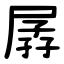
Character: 孱